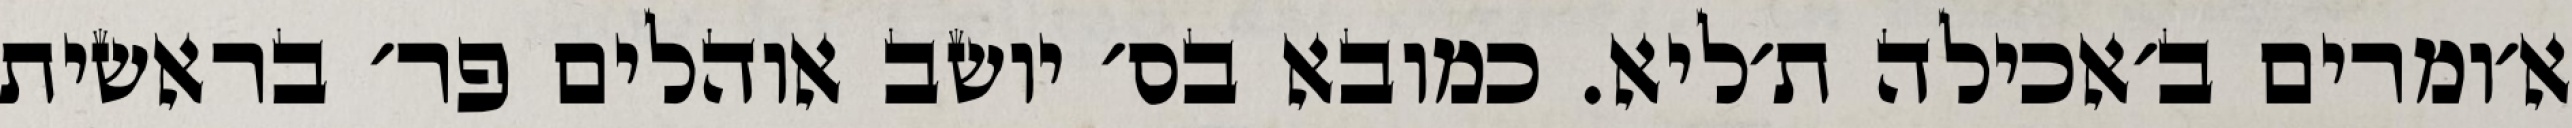
א׳ומרים ב׳אכילה ת׳ליא. כמובא בס׳ יושב אוהלים פר׳ בראשית